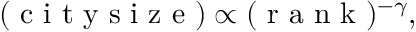
\begin{array} { r } { ( \mathrm { ~ c ~ i ~ t ~ y ~ s ~ i ~ z ~ e ~ } ) \propto ( \mathrm { ~ r ~ a ~ n ~ k ~ } ) ^ { - \gamma } , } \end{array}